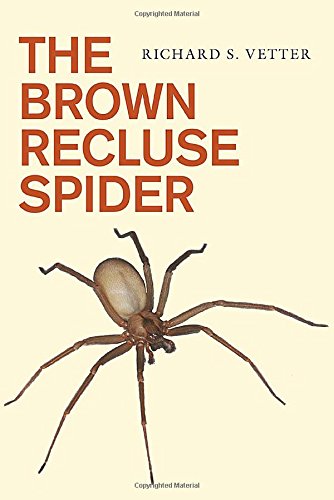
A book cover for The Brown Recluse Spider; Richard S. Vetter; Science & Math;